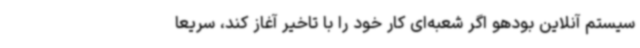
سیستم آنلاین بودهو اگر شعبه‌ای کار خود را با تاخیر آغاز کند، سریعا